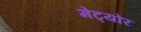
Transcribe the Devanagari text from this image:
मेट्योर